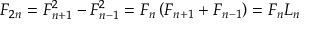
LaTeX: F _ { 2 n } = F _ { n + 1 } ^ { 2 } - F _ { n - 1 } ^ { 2 } = F _ { n } \left( F _ { n + 1 } + F _ { n - 1 } \right) = F _ { n } L _ { n }